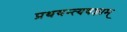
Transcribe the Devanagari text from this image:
प्रथयन्त्यवज्ञाम्‌